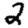
Digit: 2